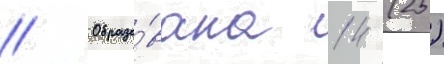
// Образо́вана 14 (25)